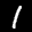
Label: 1